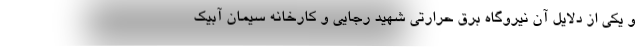
و یکی از دلایل آن نیروگاه برق حرارتی شهید رجایی و کارخانه سیمان آبیک